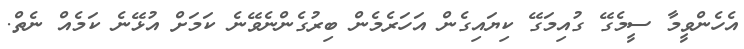
އެހެންވީމާ ސީމެގޭ ގުއިމަގޭ ކިޔައިގެން އަހަރެމެން ބިރުގެންނެވޭނެ ކަމަށް އުޅޭނެ ކަމެއް ނެތް.